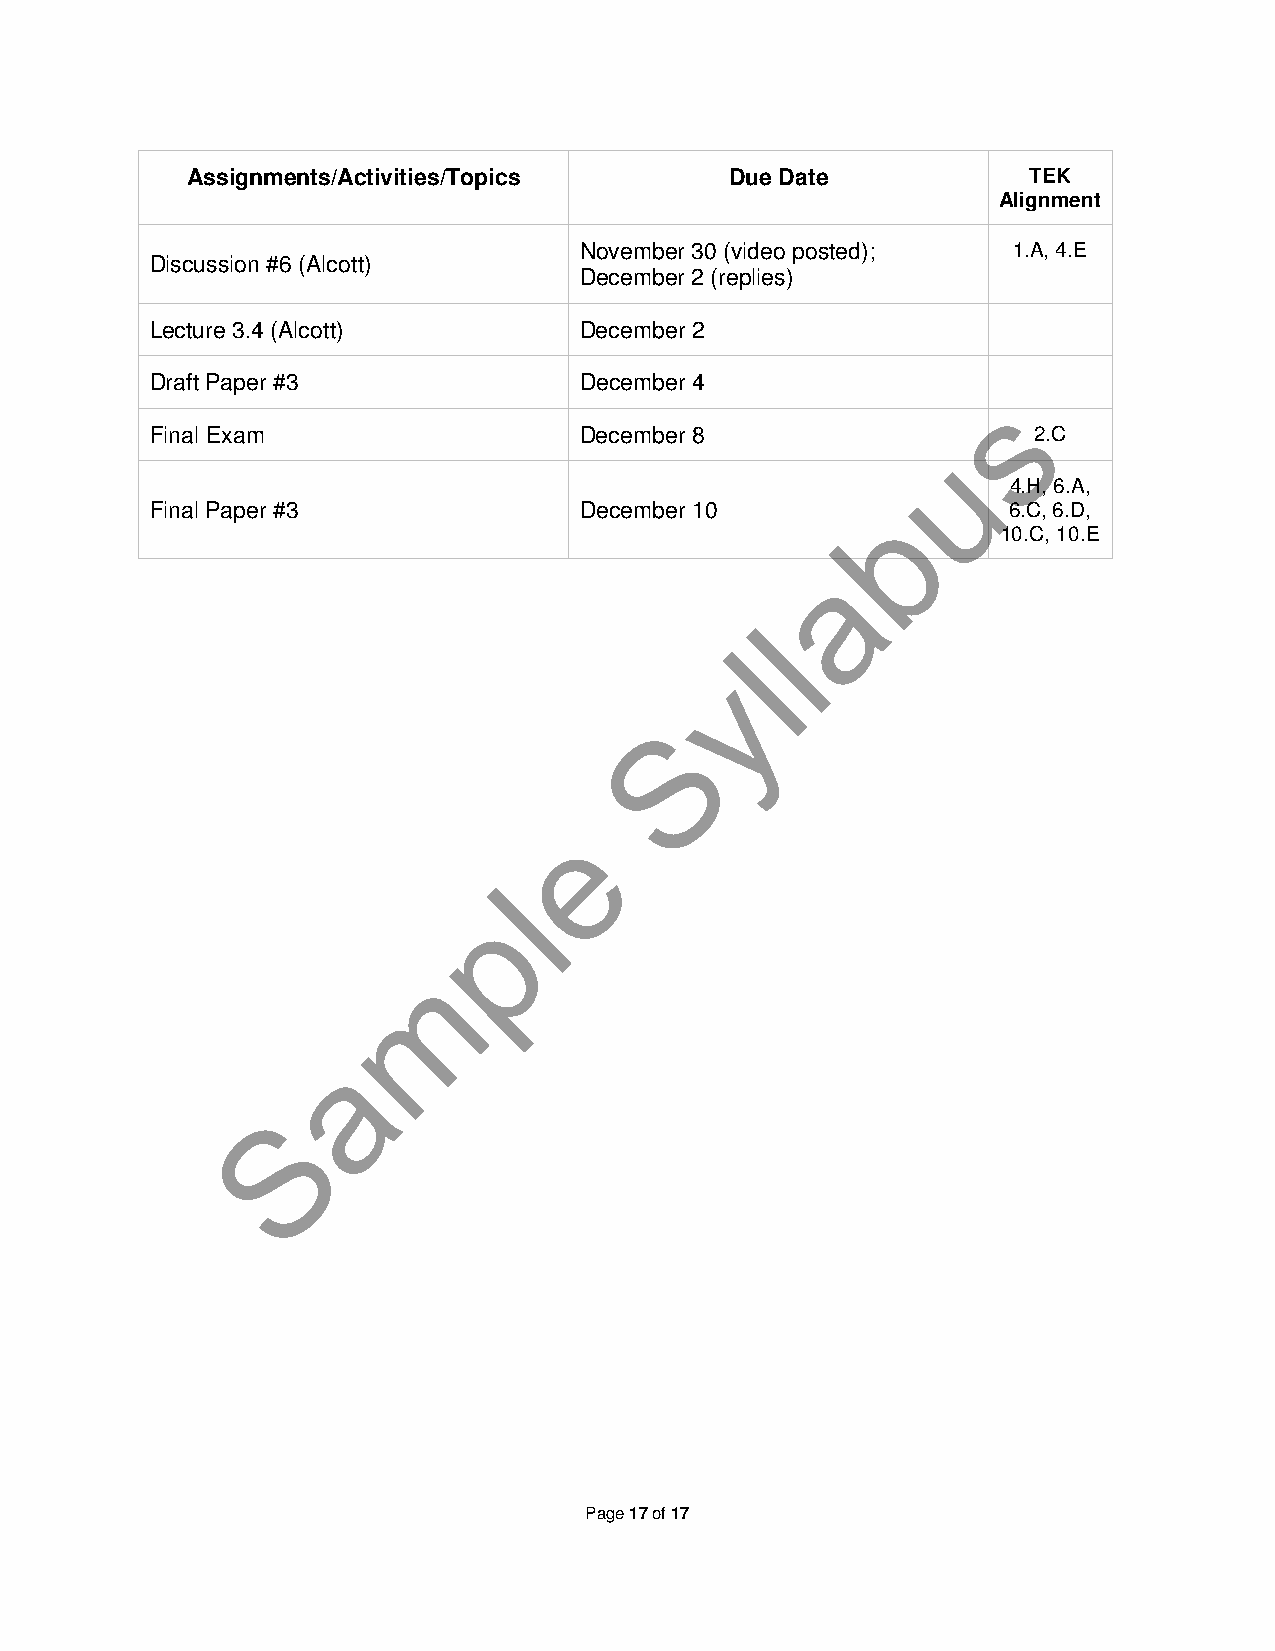
Assignments/Activities/Topics       Due Date            TEK
 Alignment
 November 30 (video posted);  1.A, 4.E
 Discussion #6 (Alcott)
 December 2 (replies)
 Lecture 3.4 (Alcott)        December 2
 Draft Paper #3              December 4
 s
 Final Exam                  December 8                    2.C
 u
 4.H, 6.A,
 Final Paper #3              December 10         b        6.C, 6.D,
 10.C, 10.E
 a
 l
 l
 y
 S
 e
 l
 p
 m
 a
 S
 Page 17 of 17